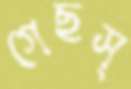
গেছস্